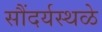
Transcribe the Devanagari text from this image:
सौंदर्यस्थळे